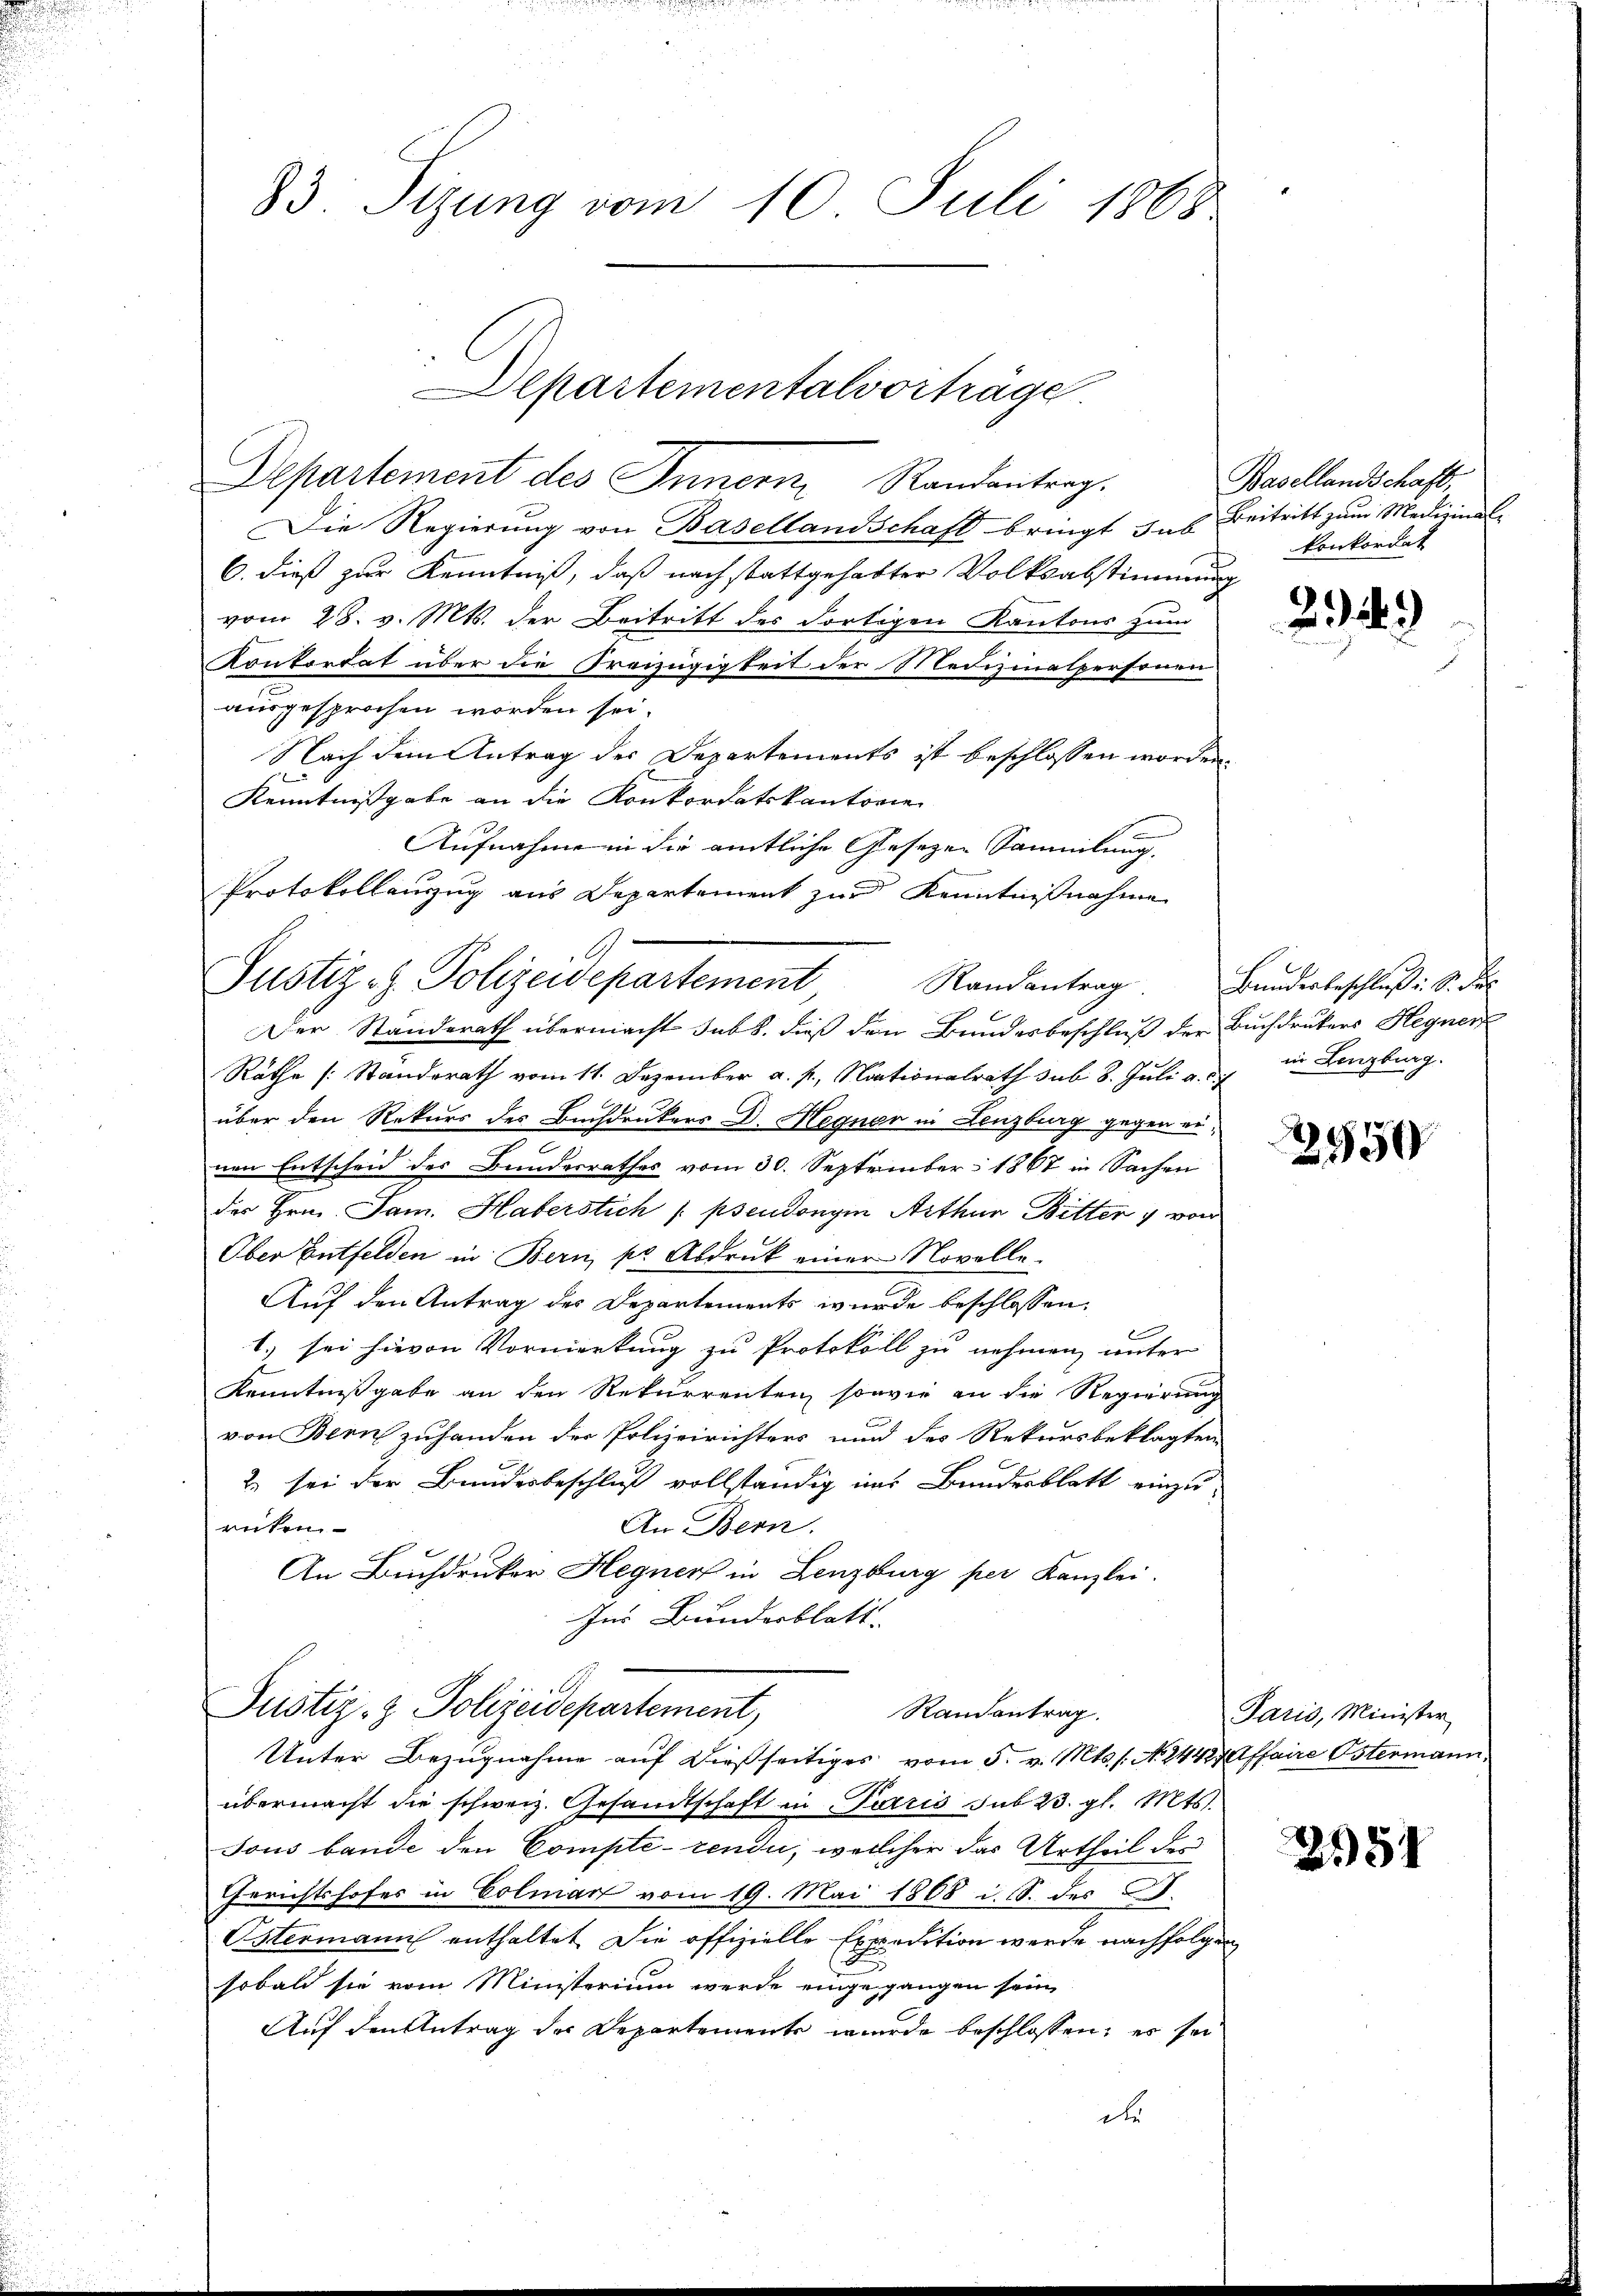
Departement des Innern, Randantrag.
Die Regierung von Basellandschaft bringt das Beitritt zum Medizinal-
6. dieß zur Kenntniß, daß nach stattgehabter Volksabstimmung
vom 28. v. Mts. der Beitritt des dortigen Kantons zum
Konkordat über die Freizügigkeit der Medizinalpersonen
ausgesprochen worden sei.
Nach dem Antrag der Departements ist beschlossen worden.
Kenntnißgabe an die Konkordatskantonie
Aufnahme in die amtliche Gesezen Sammlung,
Protokollauszug aus Departement zur Kenntnißnahme
Der Standerath übermacht sub 8. dieß den Bundesbeschluß der Buchdrukers Hegner
Räthe (Standerath vom 11. Dezember a. p., Nationalrath sub. 8. Juli a. d. in Lenzburg.
über den Rekurs des Buchdrukers D. Hegner in Lenzburg gegen einen Entscheid des Bundesrathes vom 30. September 1867 in Sachen
der Hrn. Jan. Haberstich (pseudonym Arthur Bitter 7 von
Ober Entfelden in Bern, pr Abdruck einer Novelle¬
Auf den Antrag des Departements wurde beschlossen,
1.) sei hievon Vormerkung zu Protokoll zu nehmen, unter
Kenntnißgabe an den Rekurrenten, sowie an die Regierung
von Bern zuhanden der Polizeirichters und des Rekursbeklagten
2 sei der Bundesbeschluß vollständig ins Bundesblatt einzu-
reten
An Bern.
An Buchdruker Hegner in Lenzburg per Kanzlei.
Ins Bunderblatt.

83. Sizung vom 10. Juli 1868

Departementalvorträge

A
Justiz- & Polizeidepartement Randantrag. Bunderbeschlŭβ i. S. d

Justiz- & Polizeidepartement,
Randantrag.

Basellandschaft,
konkordat

Unter Bezugnahme auf dießseitiges vom 5. v. Mts. s. N. 244 Affaire Ostermann,
übermacht die schweiz. Gesandtschaft in Paris sub 23. gl. Mts.
Tous bande den Compte- rendii, welcher das Urtheil der
Gerichtshofes in Colmar vom 19. Mai 1808 i. S. des C.
Ostermann enthaltet die offizielle Expedition werde nachfolgen
sobald sie vom Ministerium werde eingegangen sein,
Auf den Antrag der Departemente wurde beschlossen, es sei
die

26.)

2950

Paris, Minister

251